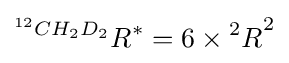
^{^{12}CH_{2}D_{2}}R^{*}=6\times {^{2}R}^{2}